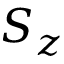
S _ { z }